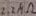
Text: 2.2KΩ